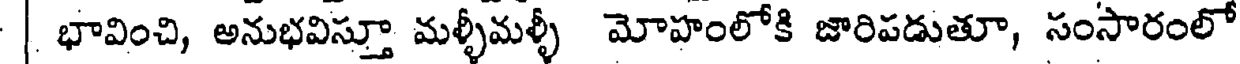
| భావించి, అనుభవిస్తూ మళ్ళీమళ్ళీ మోహంలోకి జారిపడుతూ, సంసారంలో